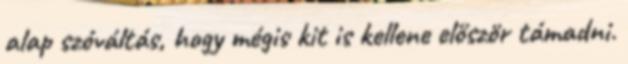
alap szóváltás, hogy mégis kit is kellene először támadni.